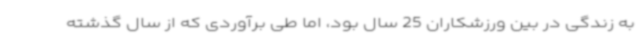
به زندگی در بین ورزشکاران 25 سال بود، اما طی برآوردی که از سال گذشته